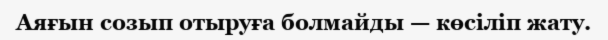
Аяғын созып отыруға болмайды — көсіліп жату.